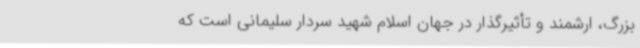
بزرگ، ارشمند و تأثیرگذار در جهان اسلام شهید سردار سلیمانی ا‌ست که